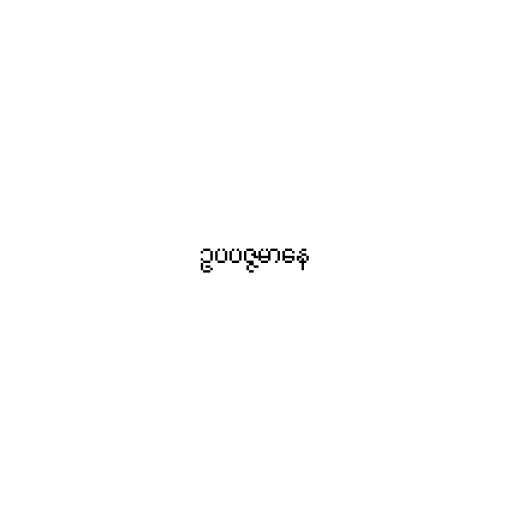
ဥပပဇ္ဇမာနေ